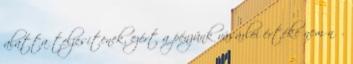
alatta teljesítenek, ezért a pénzünk vásárlói értéke nem nő.